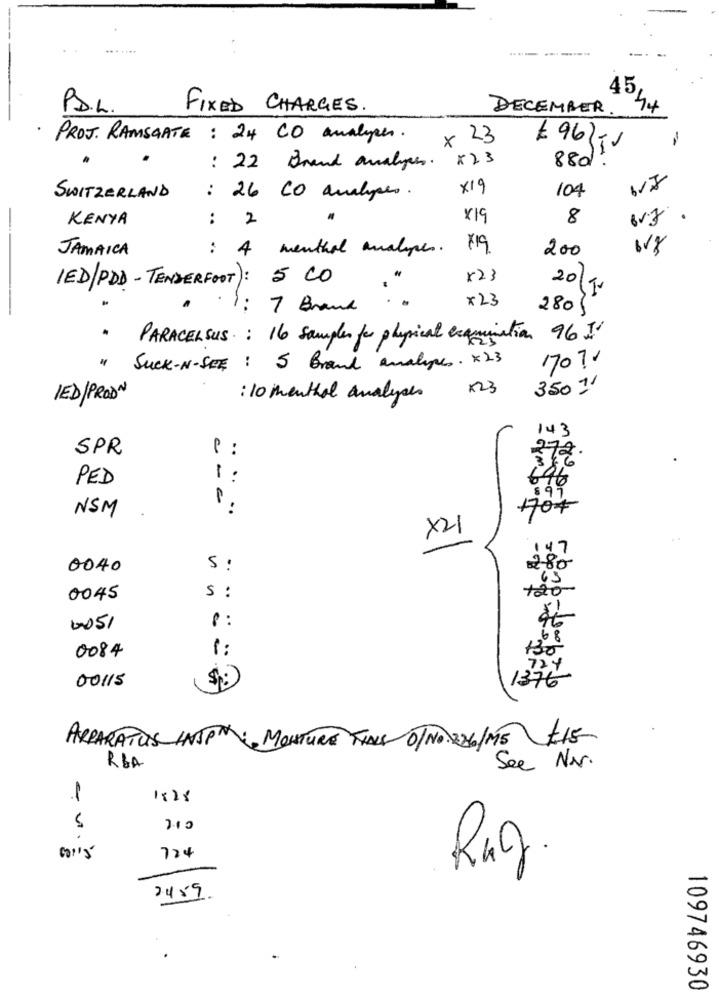
PS.L.
FIXED CHARGES.
DECEMBER
1
PROJ. RAMSGATE : 24 CO analyen.
x
23
£ 96
: 22 Brand analyes.
x23
880)1
x19
104
SWITZERLAND
: 26 co analyses.
7.
-
KENYA
2
X19
8
:
JAMAICA
: 4
menthol analopes .
719
200
IED/PDD-TENDERFOOT): 5 CO
x23
20/Jr
1: 7 Brand
x23
280/
.
PARACELSUS : 16 samples der physical examination 96 I
1707'
" SUCK-N-SEE : 5 Brand analyses . x23
123
350 11
IED/PROD~
: 10 menthol analyses
143
SPR
P :
272
PED
1 :
696
NSM
1 .
+704
X21
147
280
0040
S :
65
0045
S :
5 !
8:
0051
68
0084
130
724
00115
1376
APPARATUS INJP MONTURE TIALS 0/NO. 26/M5 -15
RBA
See Nr.
1528
700
.
724
Rug.
2459
109746930